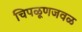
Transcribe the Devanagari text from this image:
चिपळूणजवळ